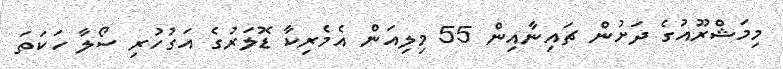
މިމަޝްރޫއުގެ ދަށުން ޗައިނާއިން 55 މިލިއަން އެމެރިކާ ޑޮލަރުގެ އަގުހުރި ސޯލާ ހަކަތަ